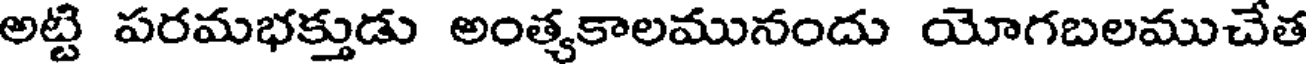
అట్టి పరమభక్తుడు అంత్యకాలమునందు యోగబలముచేత